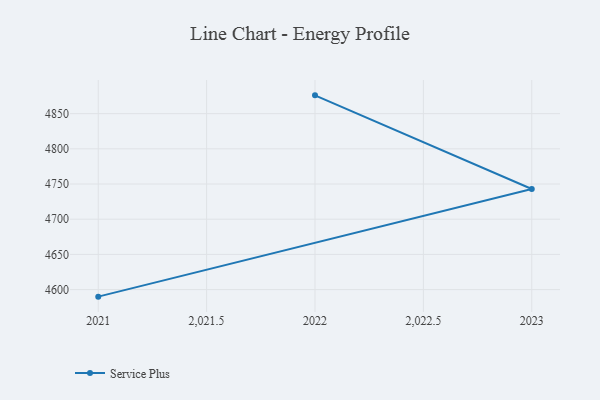
{"axis": {"x": "Year", "y": "Net Income (USD K)"}, "legend": ["Service Plus"], "data": [{"x": "2021", "y": 4590.0, "type": "Service Plus"}, {"x": "2023", "y": 4742.9, "type": "Service Plus"}, {"x": "2022", "y": 4876.0, "type": "Service Plus"}]}